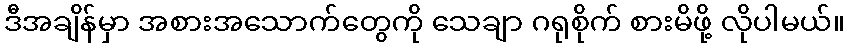
ဒီအချိန်မှာ အစားအသောက်တွေကို သေချာ ဂရုစိုက် စားမိဖို့ လိုပါမယ်။